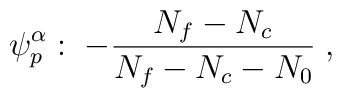
\psi_p^{\alpha}: \; -\frac{N_f - N_c}{N_f - N_c - N_0}\;,